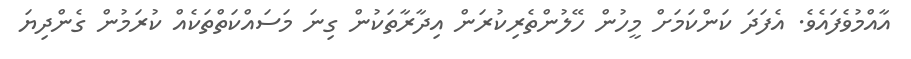
އާއްމުވެފައެވެ. އެފަދަ ކަންކަމަށް މީހުން ހޭލުންތެރިކުރަން އިދާރާތަކުން ގިނަ މަސައްކަތްތަކެއް ކުރަމުން ގެންދިޔަ